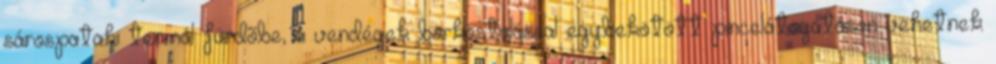
sárospataki termál fürdõbe, a vendégek borkóstolással egybekötött pincelátogatáson vehetnek